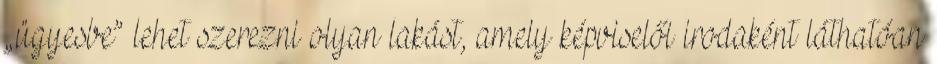
„ügyesbe” lehet szerezni olyan lakást, amely képviselői irodaként láthatóan